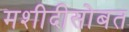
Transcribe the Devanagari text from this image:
मशीदीसोबत